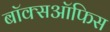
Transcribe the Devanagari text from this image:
बाॅक्सऑफिस